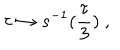
\tau \mapsto s ^ { - 1 } ( \frac { \tau } { 3 } ) \ ,